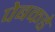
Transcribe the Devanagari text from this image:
पेबकडे